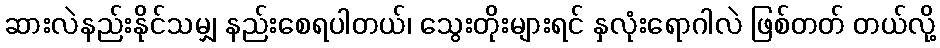
ဆားလဲနည်းနိုင်သမျှ နည်းစေရပါတယ်၊ သွေးတိုးများရင် နှလုံးရောဂါလဲ ဖြစ်တတ် တယ်လို့